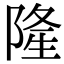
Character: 隆